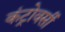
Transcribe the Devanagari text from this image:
कंट्रोवर्सी